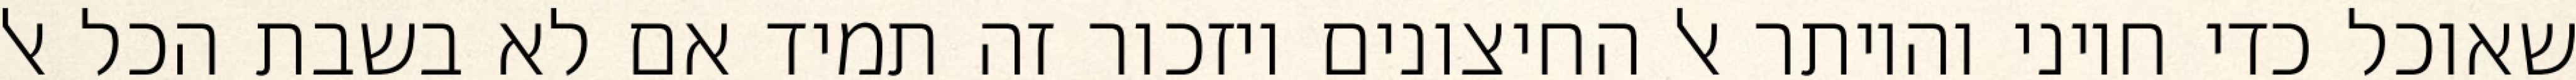
שאוכל כדי חיוני והיותר אל החיצונים ויזכור זה תמיד אם לא בשבת הכל אל